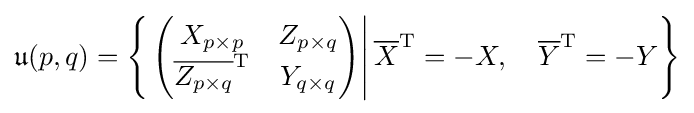
{\mathfrak {u}}(p,q)=\left\{\left.\left({\begin{matrix}X_{p\times p}&Z_{p\times q}\\{\overline {Z_{p\times q}}}^{\mathrm {T} }&Y_{q\times q}\end{matrix}}\right)\right|{\overline {X}}^{\mathrm {T} }=-X,\quad {\overline {Y}}^{\mathrm {T} }=-Y\right\}